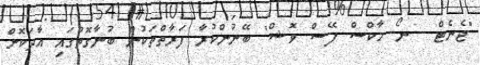
"ޖެނެޓް - ނޯ މާކްސް ފޭސް ވޮޝް" ބޭނުންކުރާ ފަރާތްތަކުން ބުނާގޮތުގައި އާދަކޮށް